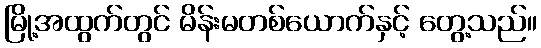
မြို့အထွက်တွင် မိန်းမတစ်ယောက်နှင့် တွေ့သည်။